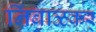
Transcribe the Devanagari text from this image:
निंबाळकर्